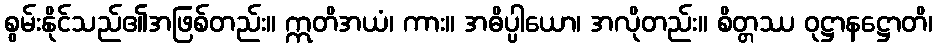
စွမ်းနိုင်သည်၏အဖြစ်တည်း။ ဣတိအယံ၊ ကား။ အဓိပ္ပါယော၊ အလိုတည်း။ စိတ္တဿ ဝုဋ္ဌာနဋ္ဌောတိ၊